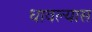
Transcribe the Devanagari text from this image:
धावल्यास